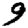
Digit: 9